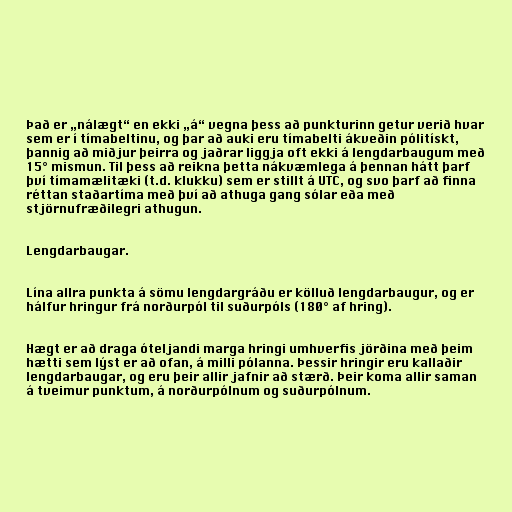
Það er „nálægt“ en ekki „á“ vegna þess að punkturinn getur verið hvar
sem er í tímabeltinu, og þar að auki eru tímabelti ákveðin pólitískt,
þannig að miðjur þeirra og jaðrar liggja oft ekki á lengdarbaugum með
15° mismun. Til þess að reikna þetta nákvæmlega á þennan hátt þarf
því tímamælitæki (t.d. klukku) sem er stillt á UTC, og svo þarf að finna
réttan staðartíma með því að athuga gang sólar eða með
stjörnufræðilegri athugun.

Lengdarbaugar.

Lína allra punkta á sömu lengdargráðu er kölluð lengdarbaugur, og er
hálfur hringur frá norðurpól til suðurpóls (180° af hring).

Hægt er að draga óteljandi marga hringi umhverfis jörðina með þeim
hætti sem lýst er að ofan, á milli pólanna. Þessir hringir eru kallaðir
lengdarbaugar, og eru þeir allir jafnir að stærð. Þeir koma allir saman
á tveimur punktum, á norðurpólnum og suðurpólnum.